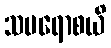
သမရောစယိ